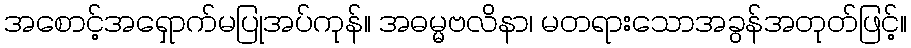
အစောင့်အရှောက်မပြုအပ်ကုန်။ အဓမ္မဗလိနာ၊ မတရားသောအခွန်အတုတ်ဖြင့်။